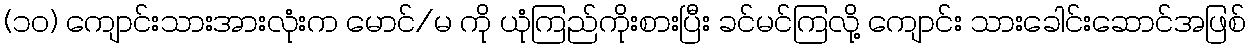
(၁၀) ကျောင်းသားအားလုံးက မောင်/မ ကို ယုံကြည်ကိုးစားပြီး ခင်မင်ကြလို့ ကျောင်း သားခေါင်းဆောင်အဖြစ်